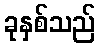
ခုနှစ်သည်